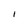
Character: I